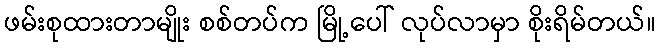
ဖမ်းစုထားတာမျိုး စစ်တပ်က မြို့ပေါ် လုပ်လာမှာ စိုးရိမ်တယ်။